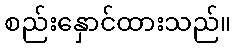
စည်းနှောင်ထားသည်။